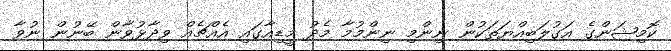
ކޮމިޝަންގެ އަގުލަބިއްޔަތަކުން ނިންމި ނިންމުމާ މެދު މީޑިއާގައި އެއްޗެއް ވިދާޅުވާން ބޭނުން ނުވާ